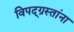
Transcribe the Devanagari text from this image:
विपद्‌ग्रस्तांना